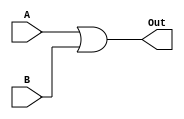
module or2(A, B, Out);
input A, B;
output Out;

assign Out = A | B;

endmodule